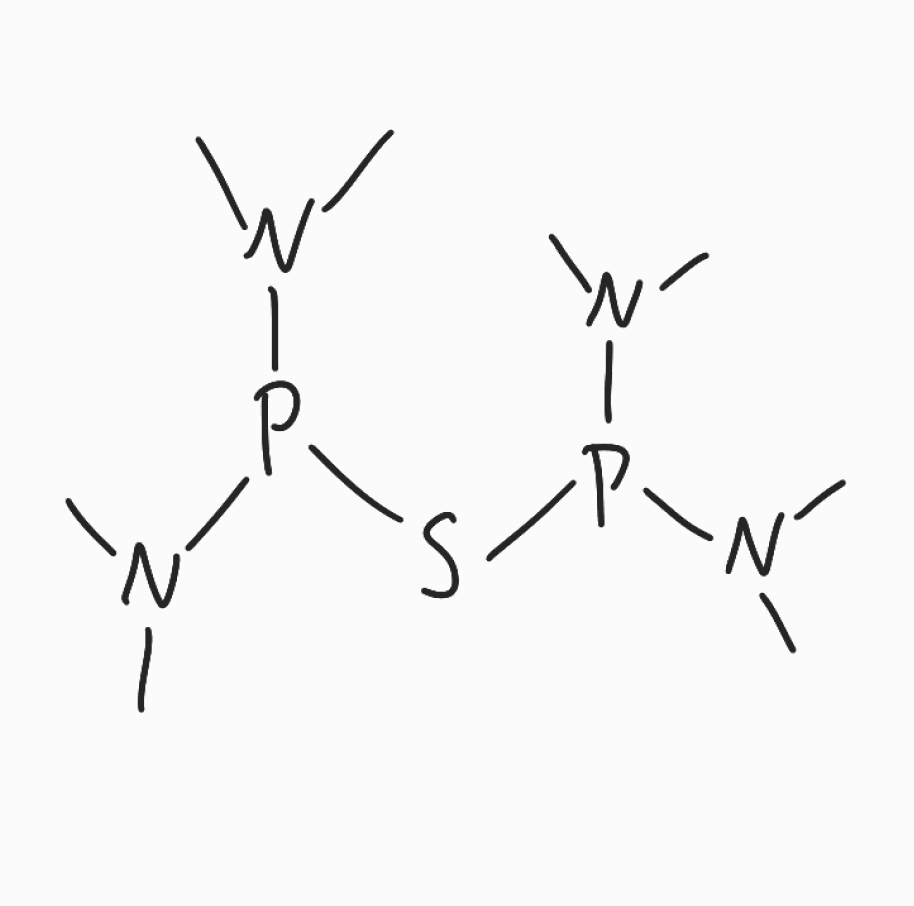
Simplified molecular-input line-entry system (SMILES) notation of the given molecule:
CN(C)P(N(C)C)SP(N(C)C)N(C)C